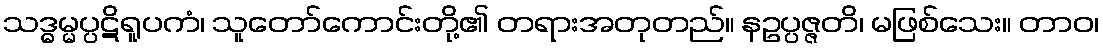
သဒ္ဓမ္မပ္ပဋိရူပကံ၊ သူတော်ကောင်းတို့၏ တရားအတုတည်။ နဥပ္ပဇ္ဇတိ၊ မဖြစ်သေး။ တာဝ၊